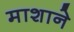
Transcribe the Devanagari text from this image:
माशाने